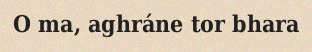
O ma, aghráne tor bhara